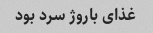
غذای باروژ سرد بود